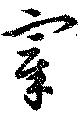
宰